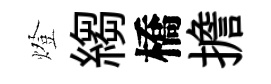
燈縐橋擔